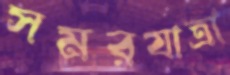
সমরযাত্রা